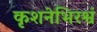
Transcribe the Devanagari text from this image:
कृशनेभिरश्वं